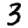
Digit: 3